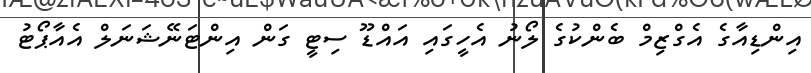
އިންޑިއާގެ އެގްޒިމް ބެންކުގެ ލޯނު އެހީގައި އައްޑޫ ސިޓީ ގަން އިންޓަނޭޝަނަލް އެއާޕޯޓު